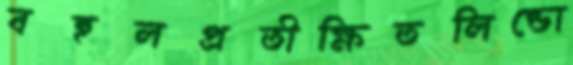
বহুলপ্রতীক্ষিতলিন্ডো